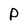
Character: p